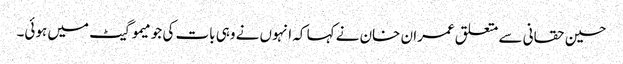
حسین حقانی سے متعلق عمران خان نے کہا کہ انہوں نے وہی بات کی جو میمو گیٹ میں ہوئی۔